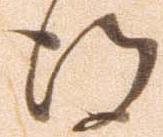
得